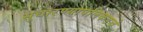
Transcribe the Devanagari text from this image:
सुधारण्यापलिकडचे